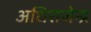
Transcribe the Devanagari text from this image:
अधिराजेन्द्र